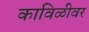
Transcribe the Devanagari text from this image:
काविळीवर